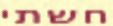
חשתי